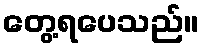
တွေ့ရပေသည်။